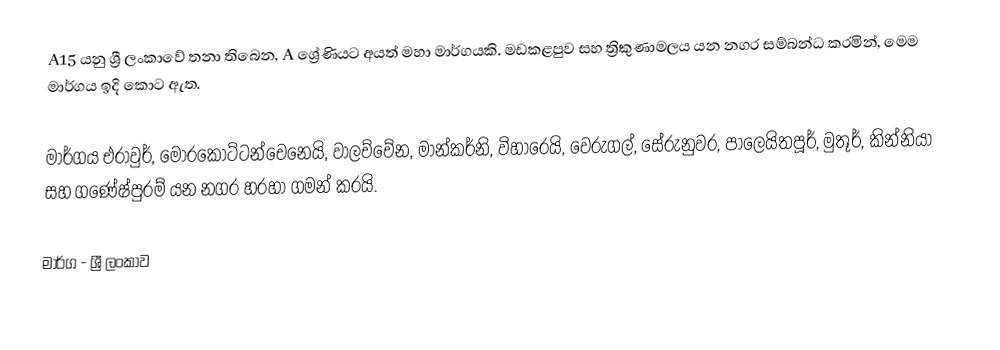
A15 යනු ශ්‍රී ලංකාවේ තනා තිබෙන, A ශ්‍රේණියට අයත් මහා මාර්ගයකි. මඩකළපුව සහ ත්‍රිකුණාමලය යන නගර සම්බන්ධ කරමින්, මෙම මාර්ගය ඉදි කොට ඇත.

මාර්ගය එරාවුර්, මොරකොට්ටන්චෙනෙයි, වාලච්චේන, මාන්කර්නි, විහාරෙයි, වෙරුගල්, සේරුනුවර, පාලෙයිතපූර්, මුතූර්, කින්නියා සහ ගණේෂ්පුරම් යන නගර හරහා ගමන් කරයි.

මාර්ග - ශ්‍රී ලංකාව